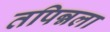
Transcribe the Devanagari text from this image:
तपिन्नला